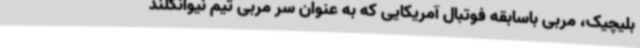
بلیچیک، مربی باسابقه فوتبال آمریکایی که به عنوان سر مربی تیم نیوانگلند